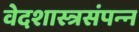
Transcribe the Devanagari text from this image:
वेदशास्त्रसंपन्‍न